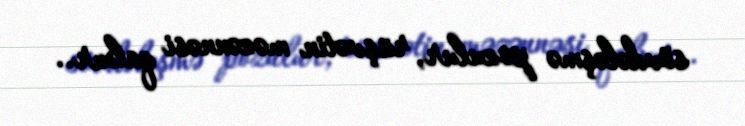
sövdələşmə pozulur, rüşvətin məzənnəsi qalxır..